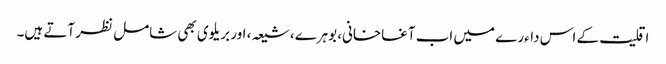
اقلیت کے اس داءرے میں اب آغاخانی، بوہرے، شیعہ، اور بریلوی بھی شامل نظر آتے ہیں۔